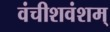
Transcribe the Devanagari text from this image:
वंचीशवंशम्